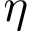
\eta